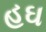
હઘ